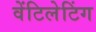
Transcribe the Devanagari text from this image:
वेंटिलेटिंग